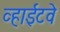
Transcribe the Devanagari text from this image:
व्हाईटवे